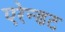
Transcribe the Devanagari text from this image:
एरेन्डट